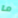
ما